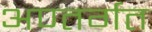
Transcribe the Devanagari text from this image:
अण्तर्गत